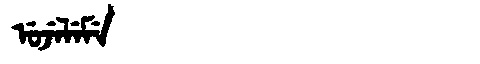
Manchu: ᡠᠵᡝᠯᡝᠮᡝ
Romanization: UJELEME